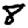
Digit: 8